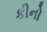
કીનો